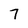
Character: 7